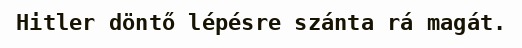
Hitler döntő lépésre szánta rá magát.